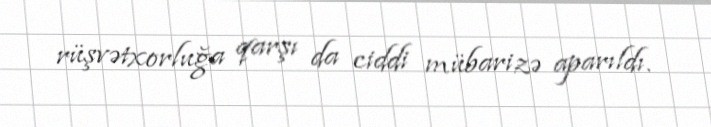
rüşvətxorluğa qarşı da ciddi mübarizə aparıldı.